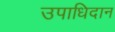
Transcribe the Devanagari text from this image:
उपाधिदान